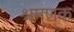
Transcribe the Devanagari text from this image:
श्रमणक